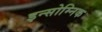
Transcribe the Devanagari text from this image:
इन्सोम्निक